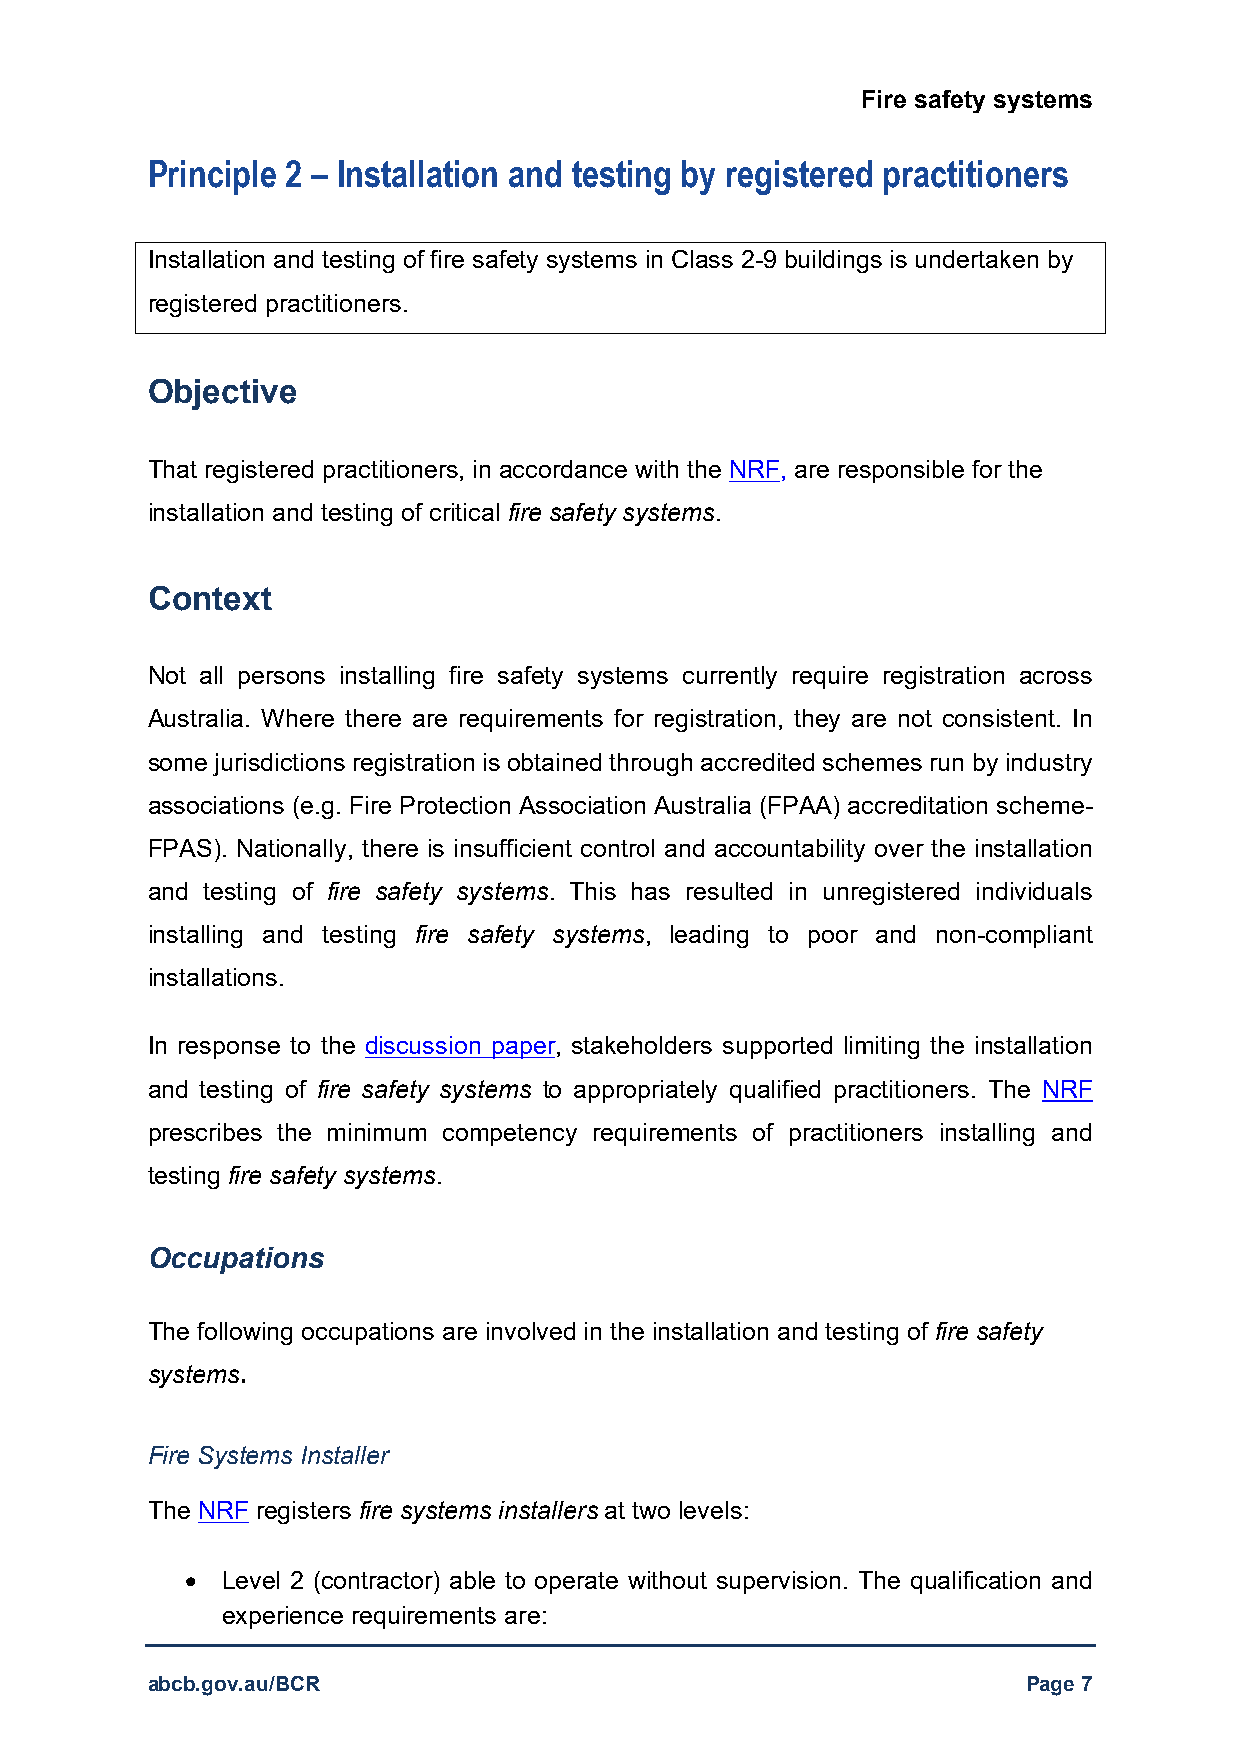
Fire safety systems
 Principle 2 – Installation and testing by registered practitioners
 Installation and testing of fire safety systems in Class 2-9 buildings is undertaken by
 registered practitioners.
 Objective
 That registered practitioners, in accordance with the NRF, are responsible for the
 installation and testing of critical fire safety systems.
 Context
 Not all persons installing fire safety systems currently require registration across
 Australia. Where there are requirements for registration, they are not consistent. In
 some jurisdictions registration is obtained through accredited schemes run by industry
 associations (e.g. Fire Protection Association Australia (FPAA) accreditation scheme-
 FPAS). Nationally, there is insufficient control and accountability over the installation
 and testing of fire safety systems. This has resulted in unregistered individuals
 installing and testing fire safety systems, leading to poor and non-compliant
 installations.
 In response to the discussion paper, stakeholders supported limiting the installation
 and testing of fire safety systems to appropriately qualified practitioners. The NRF
 prescribes the minimum competency requirements of practitioners installing and
 testing fire safety systems.
 Occupations
 The following occupations are involved in the installation and testing of fire safety
 systems.
 Fire Systems Installer
 The NRF registers fire systems installers at two levels:
   Level 2 (contractor) able to operate without supervision. The qualification and
 experience requirements are:
 abcb.gov.au/BCR                                           Page 7